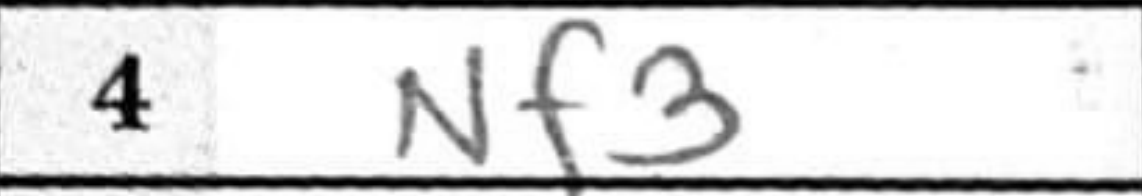
Transcription: Nf3